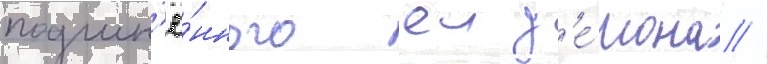
подчин'ё́нного еи д'е́мона //